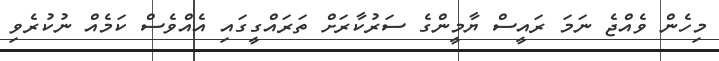
މިހެން ވެއްޖެ ނަމަ ރައީސް ޔާމީންގެ ސަރުކާރަށް ތަރައްގީގައި އެއްވެސް ކަމެއް ނުކުރެވި